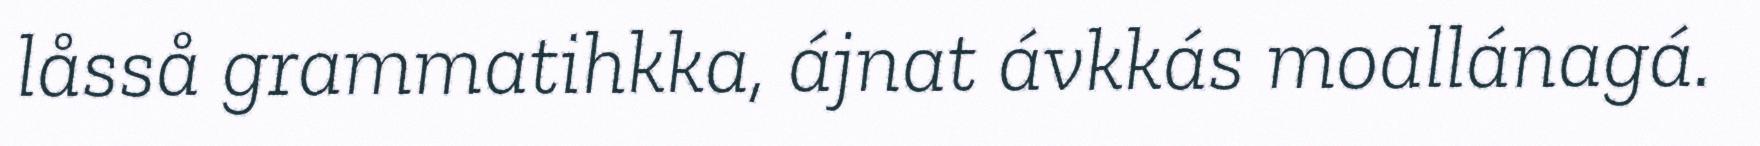
låsså grammatihkka, ájnat ávkkás moallánagá.